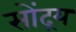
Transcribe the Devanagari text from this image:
सोंद्रय